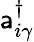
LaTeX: \mathsf{a}_{i\gamma}^{\dagger}